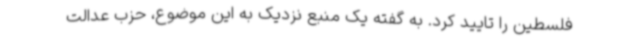
فلسطین را تایید کرد. به گفته یک منبع نزدیک به این موضوع، حزب عدالت